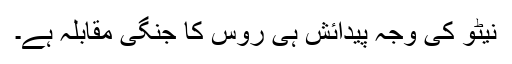
نیٹو کی وجہ پیدائش ہی روس کا جنگی مقابلہ ہے۔